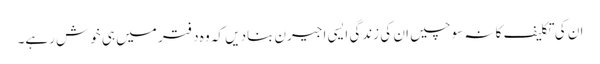
ان کی تکلیف کا نہ سوچیں ان کی زندگی ایسی اجیرن بنادیں کہ وہ دفتر میں ہی خوش رہے۔